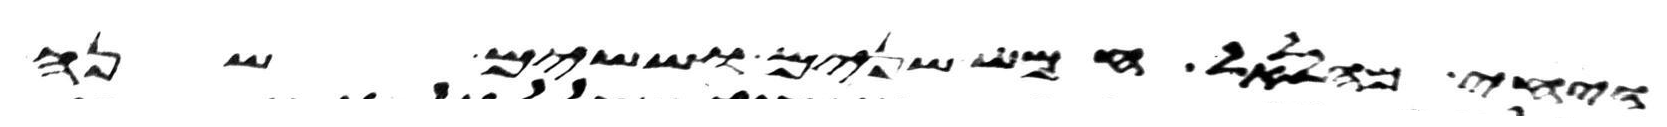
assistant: ויחי מהללאל חמש שנים וששים שנה